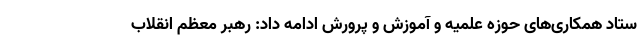
ستاد همکاری‌های حوزه علمیه و آموزش و پرورش ادامه داد: رهبر معظم انقلاب